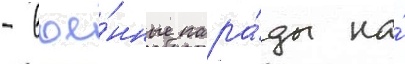
- вое́нные пара́ды на́